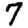
Digit: 7